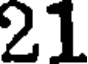
21